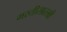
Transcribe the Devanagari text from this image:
मस्तीसारखी